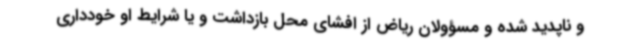
و ناپدید شده و مسؤولان ریاض از افشای محل بازداشت و یا شرایط او خودداری